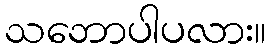
သဘောပါပလား။